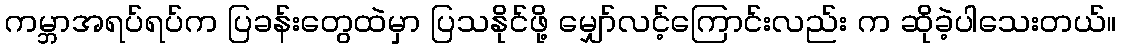
ကမ္ဘာအရပ်ရပ်က ပြခန်းတွေထဲမှာ ပြသနိုင်ဖို့ မျှော်လင့်ကြောင်းလည်း က ဆိုခဲ့ပါသေးတယ်။